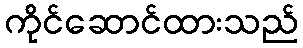
ကိုင်ဆောင်ထားသည်